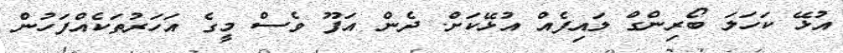
އުޅޭ ކަހަލަ ބޯރިންގް ލައިފެއް އުޅޭކަށް. ދެން އަފޫ ވެސް މީގެ އަހަރުތަކެއްފަހުން